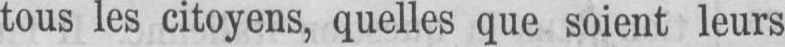
tous les citoyens, quelles que soient leurs